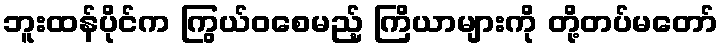
ဘူးထန်ပိုင်က ကြွယ်ဝစေမည့် ကြိယာများကို တို့တပ်မတော်